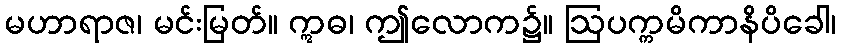
မဟာရာဇ၊ မင်းမြတ်။ ဣဓ၊ ဤလောက၌။ ဩပက္ကမိကာနိပိခေါ၊